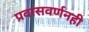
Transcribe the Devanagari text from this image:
प्रवासवर्णनही